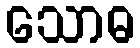
သောဓ